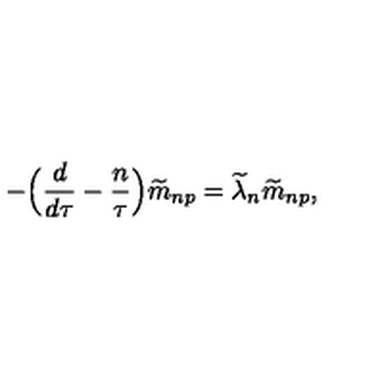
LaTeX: - \Bigr ( { \frac { d } { d \tau } } - { \frac { n } { \tau } } \Bigr ) { \widetilde m } _ { n p } = { \widetilde \lambda } _ { n } { \widetilde m } _ { n p } ,